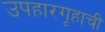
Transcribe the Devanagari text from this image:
उपहारगृहाची